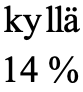
kyllä 14 %